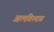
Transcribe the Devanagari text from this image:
आत्‍मविश्‍वास